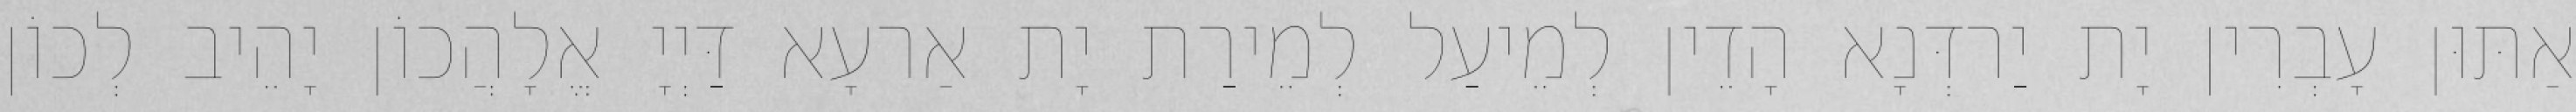
אַתּוּן עָבְרִין יָת יַרדְּנָא הָדֵין לְמֵיעַל לְמֵירַת יָת אַרעָא דַּיְיָ אֱלָהֲכוֹן יָהֵיב לְכוֹן